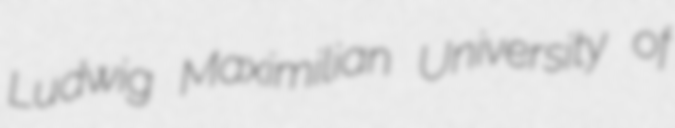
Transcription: Ludwig Maximilian University of